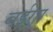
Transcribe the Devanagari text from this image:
बईगा